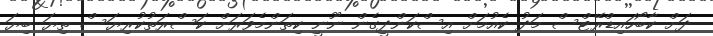
ދަށް ކާބޯހައިޑްރޭޓްސް މަދު ކެއުމަށް އިސްކަންދީގެން ނޫނީ ކިތަންމެވަރަށް ކަސްރަތުކުރިޔަސް ތިޔަ ބިޔަ